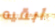
ابقيه